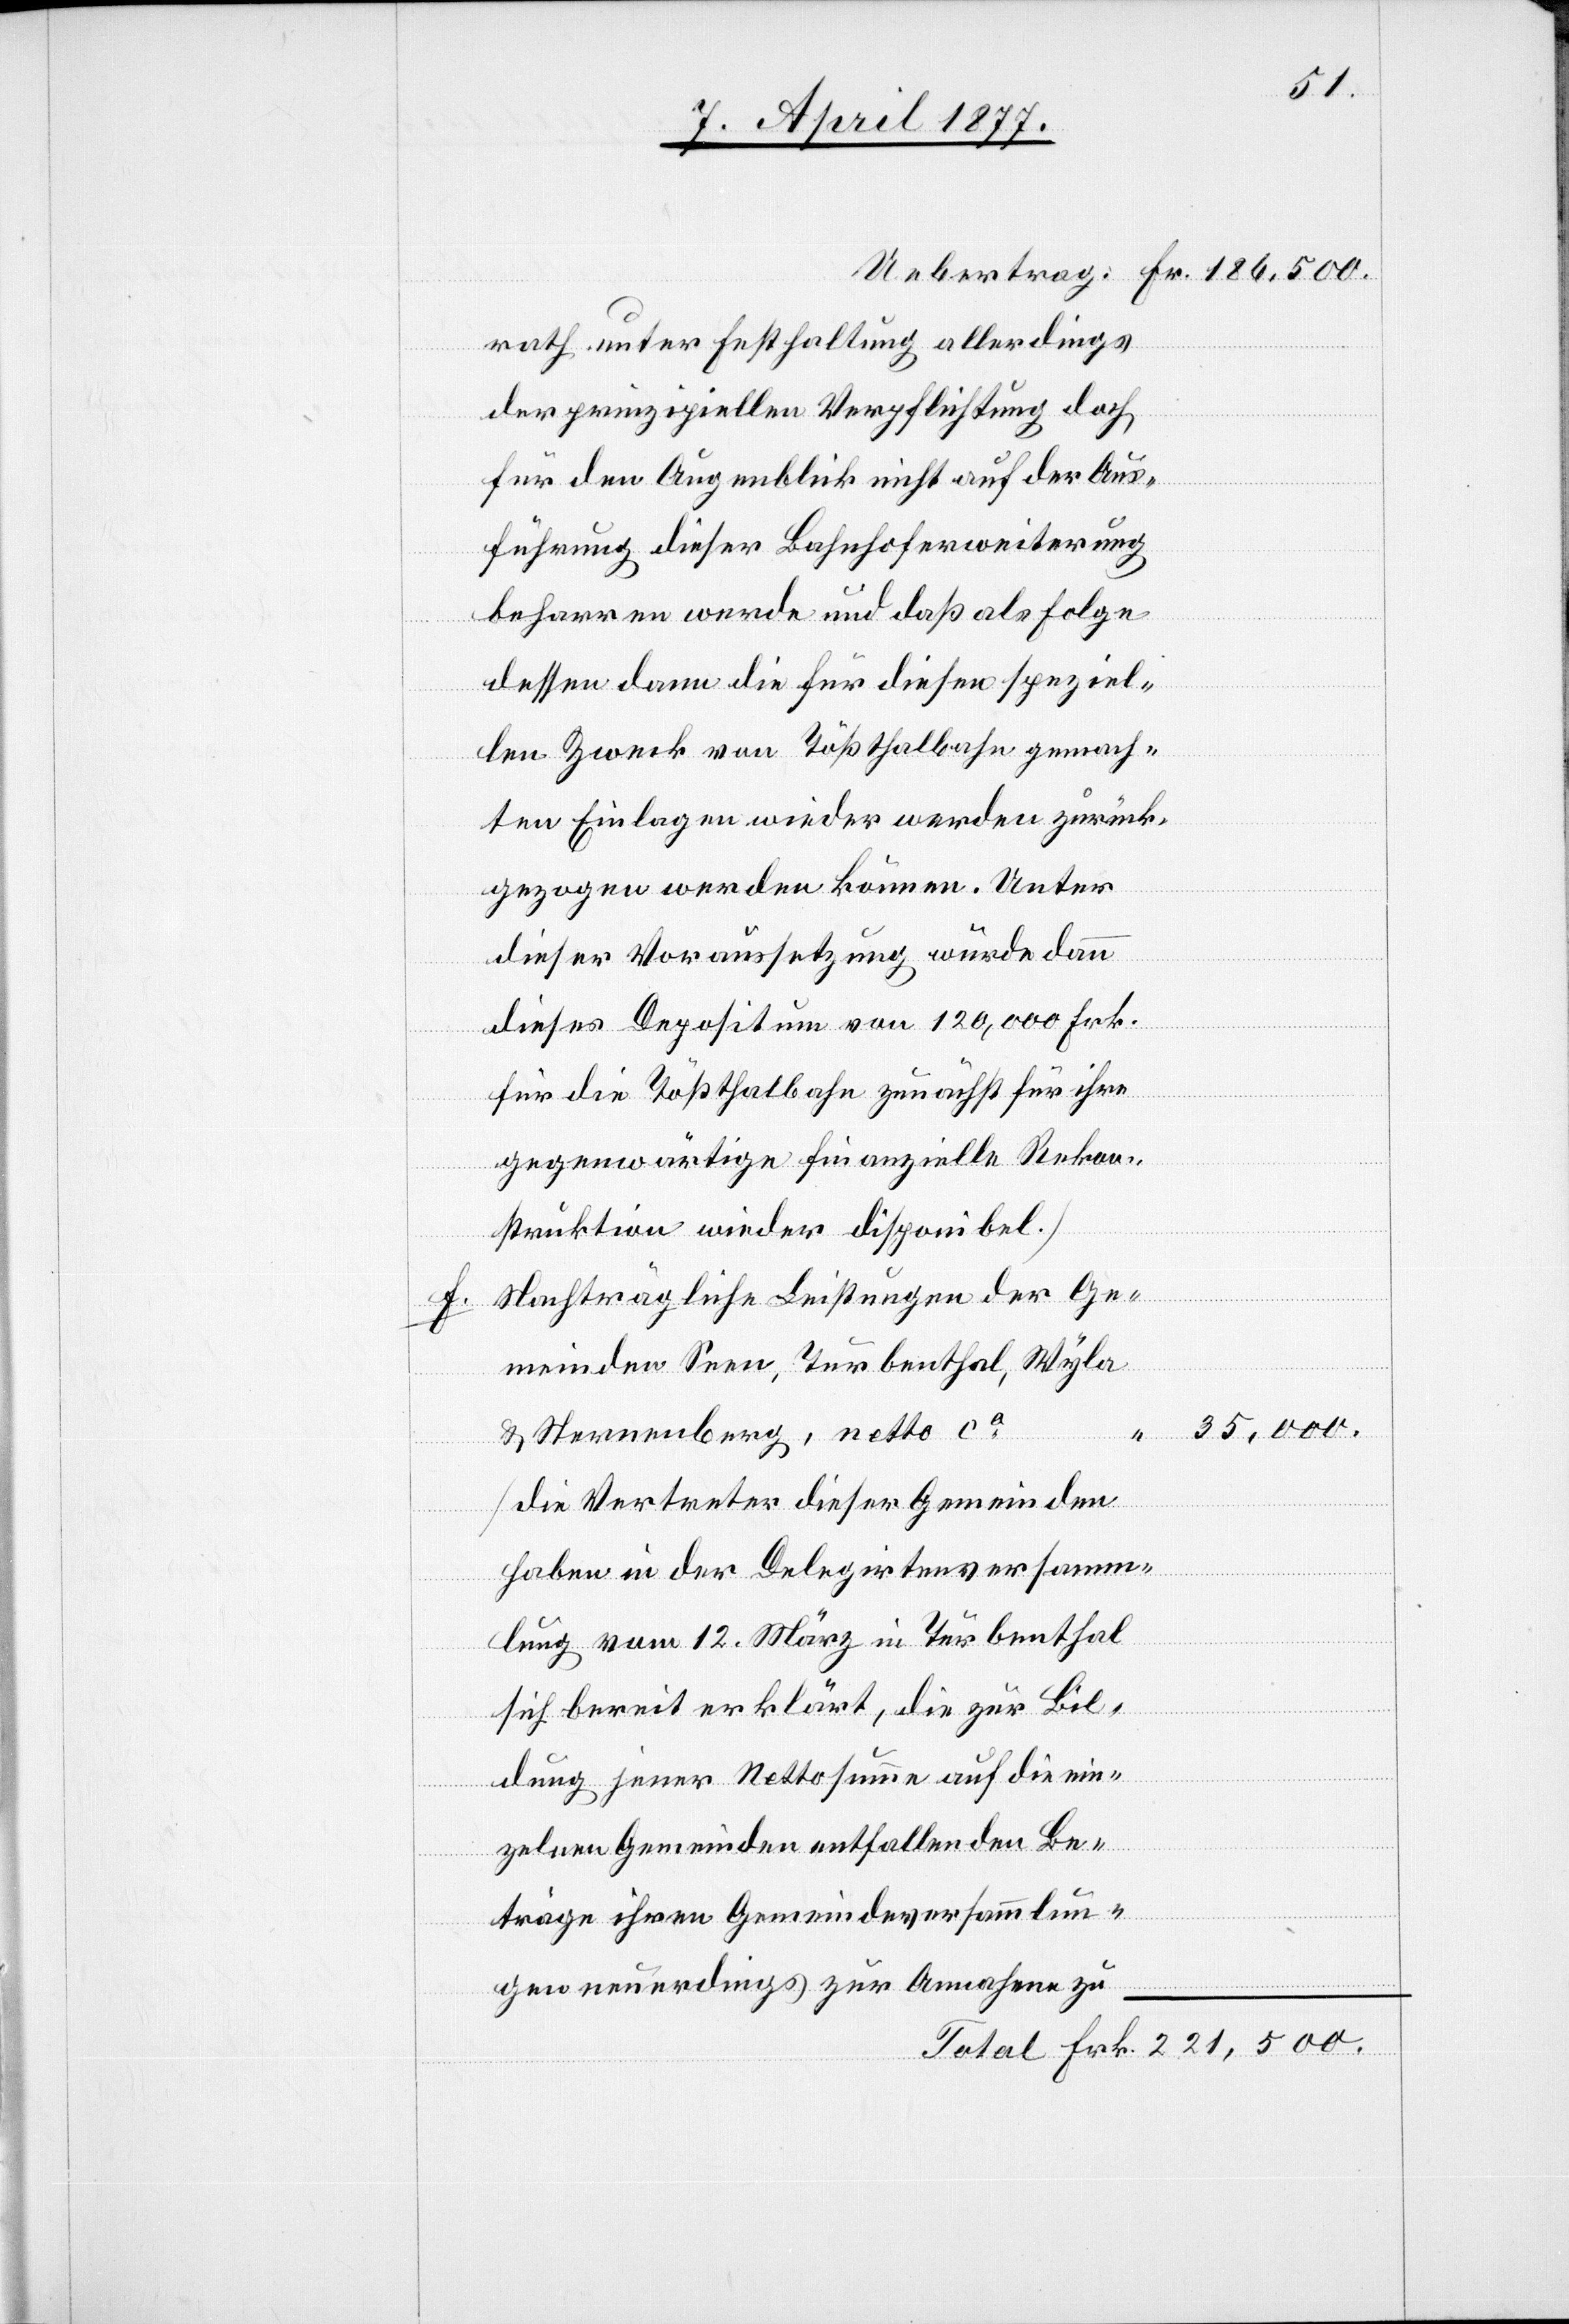
Frk.
f.

rath unter Festhaltung allerdings
der prinzipiellen Verpflichtung doch
für den Augenblick nicht auf der Aus¬
führung dieser Bahnhoferweiterung
beharren werde und daß als Folge
dessen dann die für diesen speziel¬
len Zweck von Tößthalbahn gemach¬
ten Einlagen wieder werden zurück¬
gezogen werden können. Unter
dieser Voraussetzung würde dann
dieses Depositum von 120,000 Frk.
für die Tößthalbahn zunächst für ihre
gegenwärtige finanzielle Rekon¬
struktion wieder disponibel.]
Nachträgliche Leistungen der Ge¬
meinden Seen, Turbenthal, Wyla
& Sternenberg, netto ca
[die Vertreter dieser Gemeinden
haben in der Delegirtenversamm¬
tal
lung vom 12. März in Turbenthal
sich bereit erklärt, die zur Bil¬
dung jener Nettosumme auf die ein¬
zelnen Gemeinden entfallenden Be¬
träge ihren Gemeindeversammlun¬
gen neuerdings zur Annahme zu